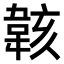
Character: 𫠄